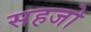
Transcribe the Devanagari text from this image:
सहजो